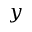
y